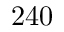
2 4 0